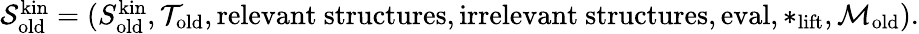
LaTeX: \begin{array}{r}{\mathcal{S}_{\mathrm{old}}^{\mathrm{kin}}=(S_{\mathrm{old}}^{\mathrm{kin}},\mathcal{T}_{\mathrm{old}},\mathrm{relevant~structures},\mathrm{irrelevant~structures},\mathrm{eval},*_{\mathrm{lift}},\mathcal{M}_{\mathrm{old}}).}\end{array}